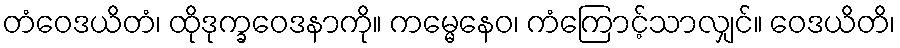
တံဝေဒယိတံ၊ ထိုဒုက္ခဝေဒနာကို။ ကမ္မေနေဝ၊ ကံကြောင့်သာလျှင်။ ဝေဒယိတိ၊